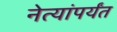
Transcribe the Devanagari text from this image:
नेत्यांपर्यंत